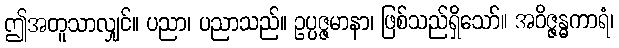
ဤအတူသာလျှင်။ ပညာ၊ ပညာသည်။ ဥပ္ပဇ္ဇမာနာ၊ ဖြစ်သည်ရှိသော်။ အဝိဇ္ဇန္ဓကာရံ၊